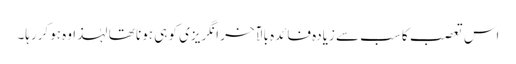
اس تعصب کا سب سے زیادہ فائدہ بالآخر انگریزی کو ہی ہونا تھا لہٰذا وہ ہوکررہا۔